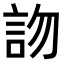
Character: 𧦍